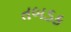
તબડક